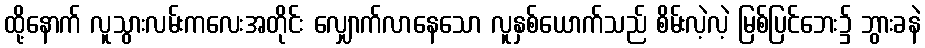
ထို့နောက် လူသွားလမ်းကလေးအတိုင်း လျှောက်လာနေသော လူနှစ်ယောက်သည် စိမ်းလဲ့လဲ့ မြစ်ပြင်ဘေး၌ ဘွားခနဲ